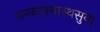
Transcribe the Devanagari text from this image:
सन्काक्यास्थसुया